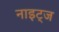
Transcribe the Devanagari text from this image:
नाइट्ज